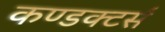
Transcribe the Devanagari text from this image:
कण्डक्टर्स